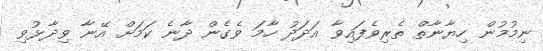
ނިމުމުން ހިޔާނާތް ތެރިވެފައިވާ އަދަދު ހާމަ ވެގެން ދާނެ ކަމަށް އޭނާ ވިދާޅުވި